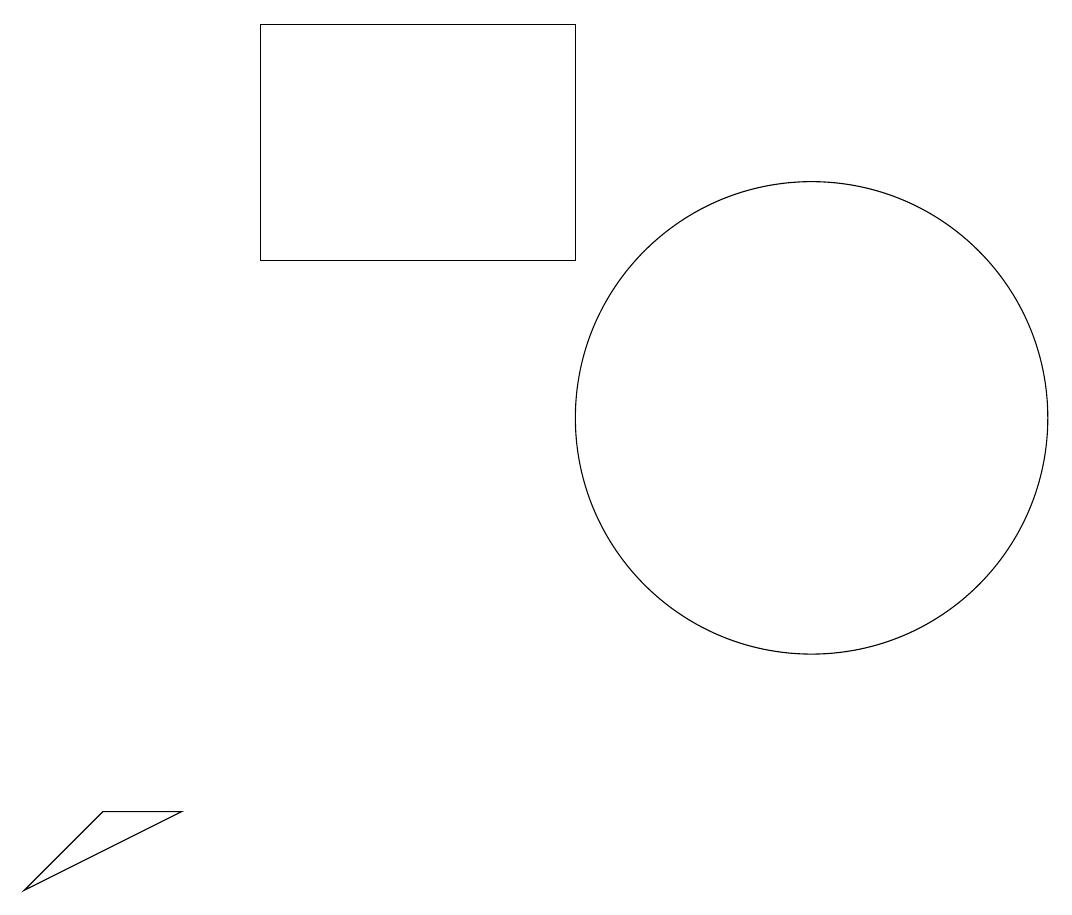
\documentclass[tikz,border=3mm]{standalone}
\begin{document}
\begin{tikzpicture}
\draw (8,12) rectangle (8,14);
\draw (4,15) rectangle (8,12);
\draw (11,10) circle (3);
\draw (1,4) -- (2,5) -- (3,5) -- cycle;
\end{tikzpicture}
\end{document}